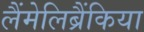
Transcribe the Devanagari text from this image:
लैंमेलिब्रैंकिया